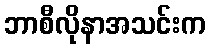
ဘာစီလိုနာအသင်းက